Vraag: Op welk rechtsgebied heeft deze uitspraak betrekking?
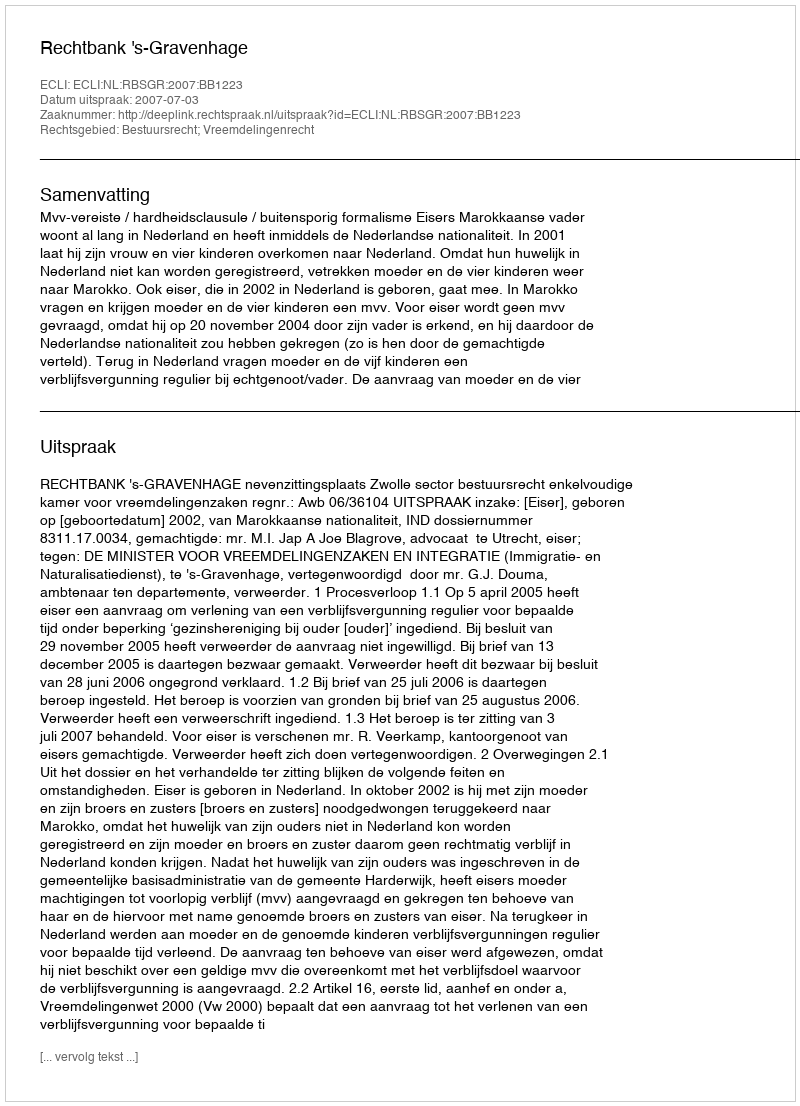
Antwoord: Bestuursrecht; Vreemdelingenrecht